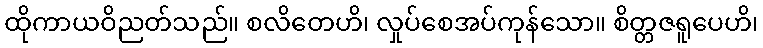
ထိုကာယဝိညတ်သည်။ စလိတေဟိ၊ လှုပ်စေအပ်ကုန်သော။ စိတ္တဇရူပေဟိ၊